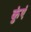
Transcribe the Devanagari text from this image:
कुंएं